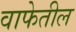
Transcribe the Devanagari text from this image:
वाफेतील